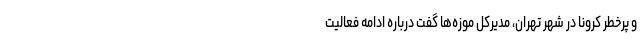
و پرخطر کرونا در شهر تهران، مدیرکل موزه‌ها گفت درباره ادامه فعالیت